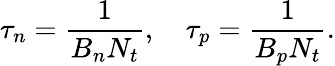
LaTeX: \tau_{n}={\frac{1}{B_{n}N_{t}}},\quad\tau_{p}={\frac{1}{B_{p}N_{t}}}.